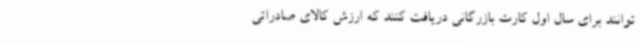
‌توانند برای سال اول کارت بازرگانی دریافت کنند که ارزش کالای صادراتی